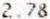
2.78